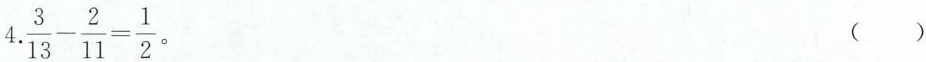
4.$$\frac{3}{13}- \frac{2}{11}= \frac{1}{2}$$ 。 ()